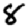
Digit: 8